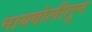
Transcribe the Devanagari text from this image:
मायबोलीतून